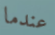
عندما